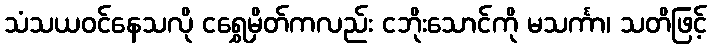
သံသယဝင်နေသလို ငရွှေမှိတ်ကလည်း ငဘိုးသောင်ကို မသင်္ကာ၊ သတိဖြင့်